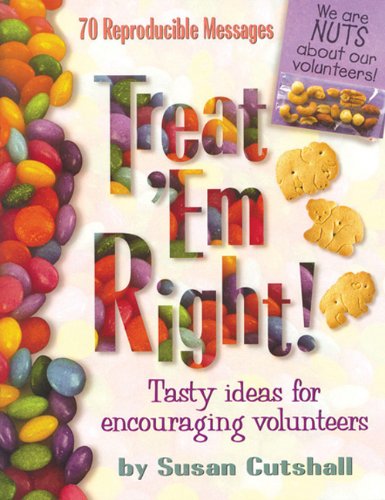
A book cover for Treat Em Right: Tasty Ideas For Encouraging Volunteers; Susan Cutshall; Business & Money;